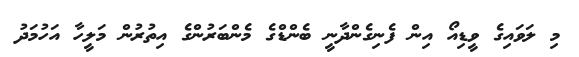
މި ލަވައިގެ ވީޑިއޯ އިން ފެނިގެންދާނީ ބެންޑްގެ މެންބަރުންގެ އިތުރުން މަލީހާ އަހުމަދު